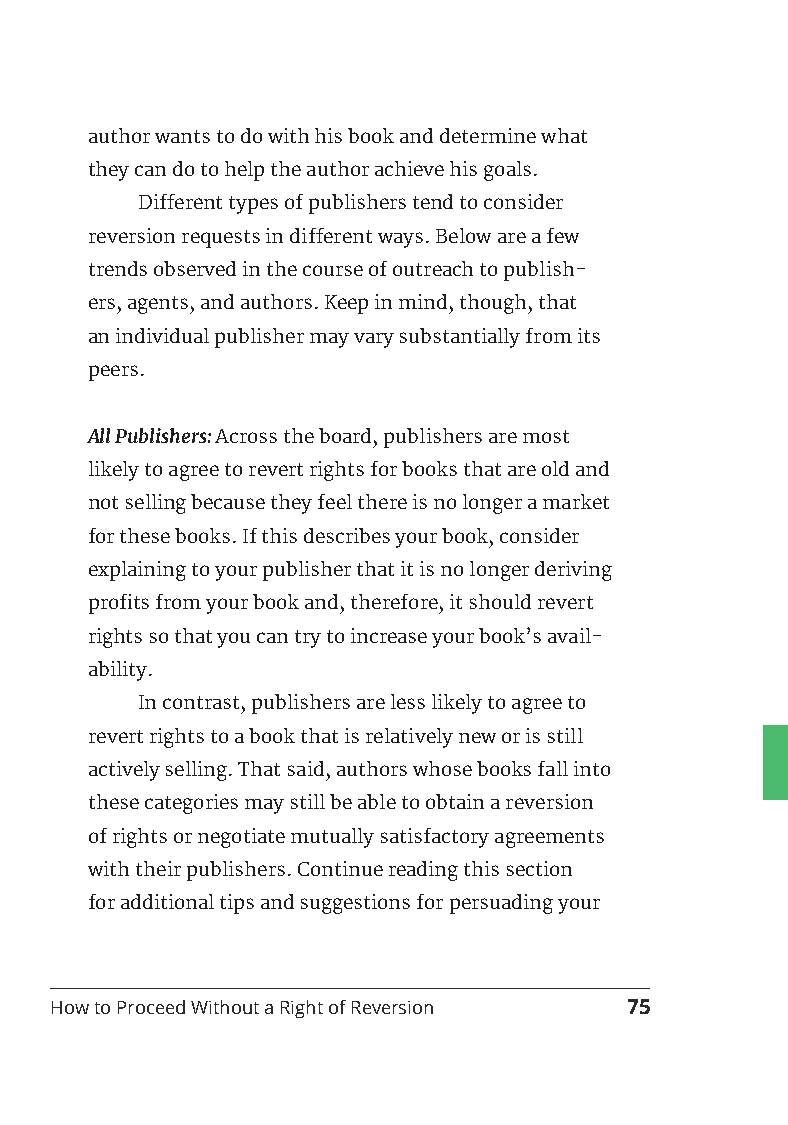
author wants to do with his book and determine what
 they can do to help the author achieve his goals.
 Different types of publishers tend to consider
 reversion requests in different ways. Below are a few
 trends observed in the course of outreach to publish-
 ers, agents, and authors. Keep in mind, though, that
 an individual publisher may vary substantially from its
 peers.
 All Publishers: Across the board, publishers are most
 likely to agree to revert rights for books that are old and
 not selling because they feel there is no longer a market
 for these books. If this describes your book, consider
 explaining to your publisher that it is no longer deriving
 profits from your book and, therefore, it should revert
 rights so that you can try to increase your book’s avail-
 ability.
 In contrast, publishers are less likely to agree to
 revert rights to a book that is relatively new or is still
 actively selling. That said, authors whose books fall into
 these categories may still be able to obtain a reversion
 of rights or negotiate mutually satisfactory agreements
 with their publishers. Continue reading this section
 for additional tips and suggestions for persuading your
 How to Proceed Without a Right of Reversion 75